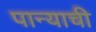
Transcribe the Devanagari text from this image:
पान्याची